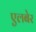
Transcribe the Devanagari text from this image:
एलबेर